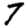
Digit: 7